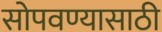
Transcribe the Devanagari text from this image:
सोपवण्यासाठी